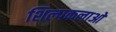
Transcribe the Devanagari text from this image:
शिल्‍पकलाओ